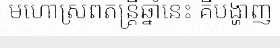
មហោស្រពតន្ត្រីឆ្នាំនេះ គឺបង្ហាញ